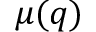
\mu ( q )